画像に写った文字を読んでください
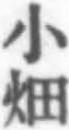
「小畑」と書いてあります